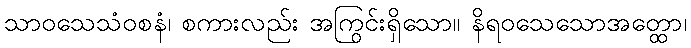
သာဝသေသံဝစနံ၊ စကားလည်း အကြွင်းရှိသော။ နိရဝသေသောအတ္ထော၊